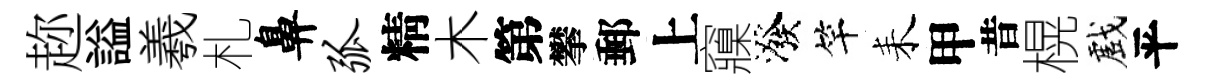
趂謚羲札鼻弧精木第攀郵上䆿潑竿耒甲昔榥戲平